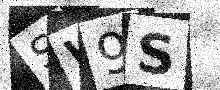
Text: SW9S